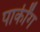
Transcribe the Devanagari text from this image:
पार्कींग